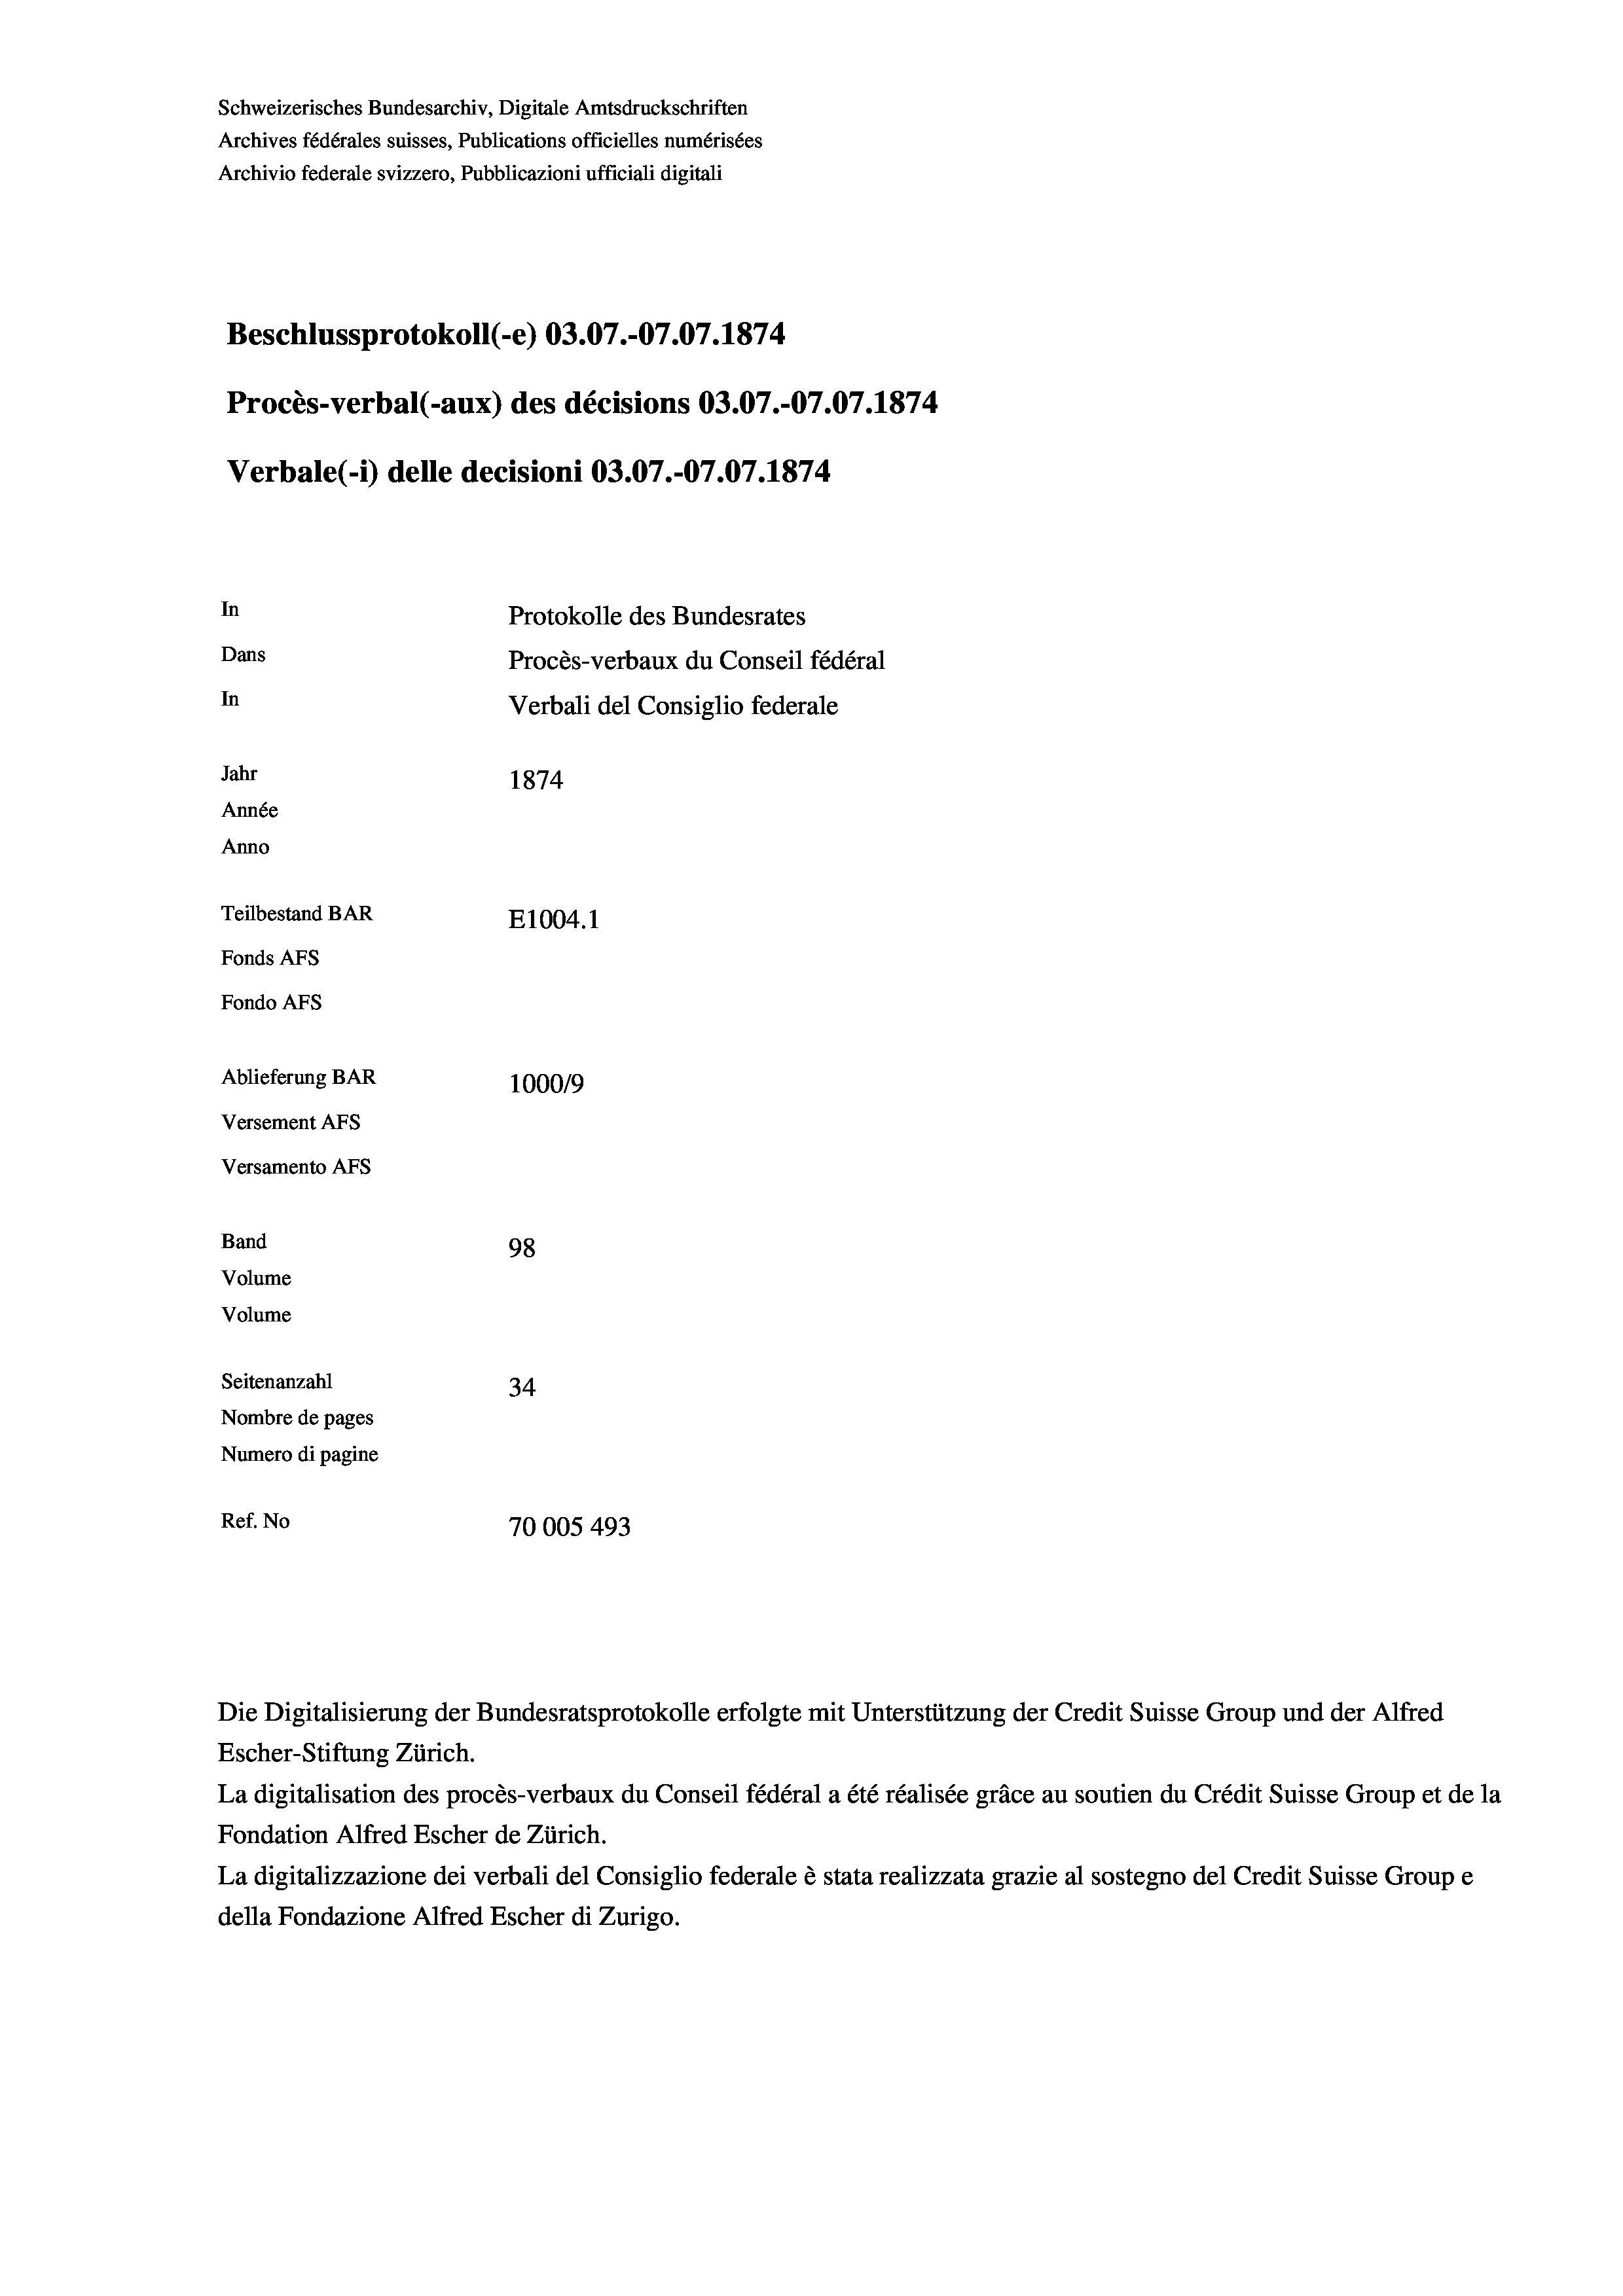
Schweizerisches Bundesarchiv, Digitale Amtsdruckschriften
Archives fédérales suisses, Publications officielles numérisées
Archivio federale svizzero, Pubblicazioni ufficiali digitali
Beschlussprotokoll (-e) 03.07.-07.07. 1874
Procès-verbal (-aux) des décisions 03.07.-07.07. 1874
Verbale (- 1) delle decisioni 03.07.-07.07. 1874
In
Protokolle des Bundesrates
Dans
Procès-verbaux du Conseil fédéral
In
Verbali del Consiglio federale
Jahr
1874
Année
Anno
Teilbestand BAR
E1004. 1
Fonds AFs
Fondo AFS
Ablieferung BAR
100019
Versement AFs
Versamento AFs
Band
98
Volume
Volume
Seitenanzahl
34
Nombre de pages
Numero di pagine
Ref. No
70005493

Die Digitalisierung der Bundesratsprotokolle erfolgte mit Unterstützung der Credit Suisse Group und der Alfred
Escher-Stiftung Zürich.
La digitalisation des procès-verbaux du Conseil fédéral a été réalisée gräce au soutien du Crédit Suisse Group et de la
Fondation Alfred Escher de Zürich.
La digitalizzazione dei verbali del Consiglio federale è stata realizzata grazie al sostegno del Credit Suisse Groupe
della Fondazione Alfred Escher di Zurigo.